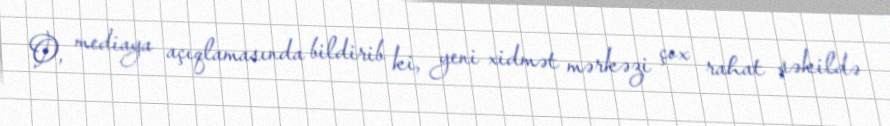
O, mediaya açıqlamasında bildirib ki, yeni xidmət mərkəzi çox rahat şəkildə